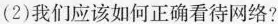
(2)我们应该如何正确看待网络?